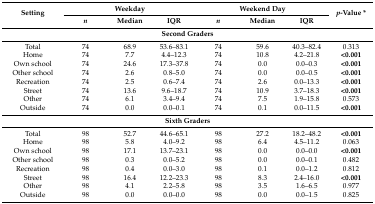
| <ROWSPAN=2> Setting | <COLSPAN=3> Weekday | <COLSPAN=3> Weekend Day | <ROWSPAN=2> p-Value * |
 | n | Median | IQR | n | Median | IQR |
 | --- | --- | --- | --- | --- | --- | --- | --- |
 | <COLSPAN=8> Second Graders |
 | Total | 74 | 68.9 | 53.6–83.1 | 74 | 59.6 | 40.3–82.4 | 0.313 |
 | Home | 74 | 7.7 | 4.4–12.3 | 74 | 10.8 | 4.2–21.8 | <0.001 |
 | Own school | 74 | 24.6 | 17.3–37.8 | 74 | 0.0 | 0.0–0.3 | <0.001 |
 | Other school | 74 | 2.6 | 0.8–5.0 | 74 | 0.0 | 0.0–0.5 | <0.001 |
 | Recreation | 74 | 2.5 | 0.6–7.4 | 74 | 2.6 | 0.0–13.3 | <0.001 |
 | Street | 74 | 13.6 | 9.6–18.7 | 74 | 10.9 | 3.7–18.3 | <0.001 |
 | Other | 74 | 6.1 | 3.4–9.4 | 74 | 7.5 | 1.9–15.8 | 0.573 |
 | Outside | 74 | 0.0 | 0.0–0.1 | 74 | 0.1 | 0.0–11.5 | <0.001 |
 | <COLSPAN=8> Sixth Graders |
 | Total | 98 | 52.7 | 44.6–65.1 | 98 | 27.2 | 18.2–48.2 | <0.001 |
 | Home | 98 | 5.8 | 4.0–9.2 | 98 | 6.4 | 4.5–11.2 | 0.063 |
 | Own school | 98 | 17.1 | 13.7–23.1 | 98 | 0.0 | 0.0–0.0 | <0.001 |
 | Other school | 98 | 0.3 | 0.0–5.2 | 98 | 0.0 | 0.0–0.1 | 0.482 |
 | Recreation | 98 | 0.4 | 0.0–3.0 | 98 | 0.1 | 0.0–1.2 | 0.812 |
 | Street | 98 | 16.4 | 12.2–23.3 | 98 | 8.3 | 2.4–16.0 | <0.001 |
 | Other | 98 | 4.1 | 2.2–5.8 | 98 | 3.5 | 1.6–6.5 | 0.977 |
 | Outside | 98 | 0.0 | 0.0–0.0 | 98 | 0.0 | 0.0–1.5 | 0.825 |